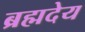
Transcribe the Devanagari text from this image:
ब्रह्मदेय